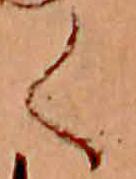
く